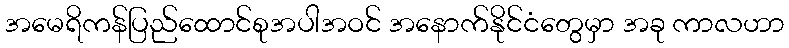
အမေရိကန်ပြည်ထောင်စုအပါအဝင် အနောက်နိုင်ငံတွေမှာ အခု ကာလဟာ